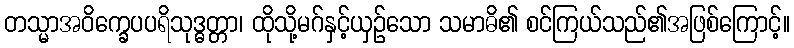
တသ္မာအဝိက္ခေပပရိသုဒ္ဓတ္တာ၊ ထိုသို့မဂ်နှင့်ယှဉ်သော သမာဓိ၏ စင်ကြယ်သည်၏အဖြစ်ကြောင့်။